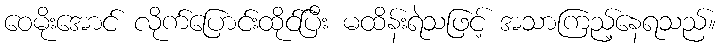
ဝေမိုးအောင် လိုက်ပြောင်းထိုင်ပြီး မထိန်းရဲသဖြင့် အသာကြည့်နေရသည်။